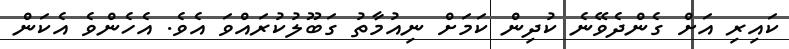
ކައިރި އަށް ގެންދެވޭނެ ކުދިން ކަމަށް ނިއުމާތު ގަބޫލުކުރައްވަ އެވެ. އެހެންވެ އެކަން